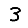
Digit: 3